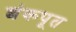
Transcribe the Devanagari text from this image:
शंकपूत